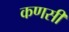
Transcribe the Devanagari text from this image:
कणसी